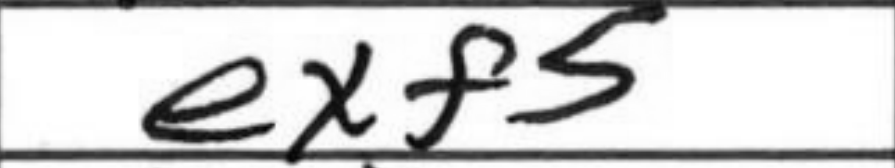
Transcription: exf5